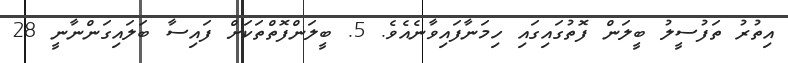
އިތުރު ތަފުސީލު ބީލަން ފޮތުގައިގައި ހިމަނާފައިވާނެއެވެ. 5. ބީލަންފޮތްތަކަށް ފައިސާ ބަލައިގަންނާނީ 28